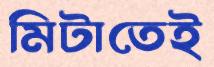
মিটাতেই